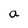
Character: a